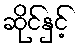
ဆိုင်နှင့်